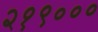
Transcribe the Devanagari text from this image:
२१९०००